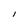
Character: l